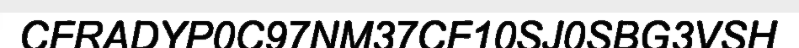
CFRADYP0C97NM37CF10SJ0SBG3VSH